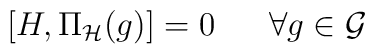
[H ,  \Pi _{\cal H} (g) ] = 0 \ \ \ \ \  \forall g\in    {\cal G}